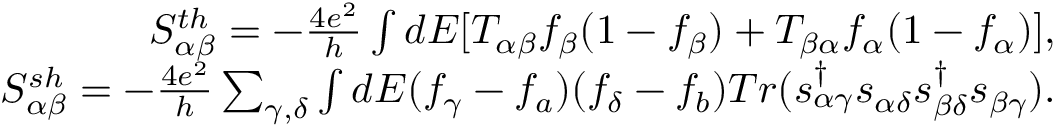
\begin{array} { r } { { S _ { \alpha \beta } ^ { t h } = - \frac { 4 e ^ { 2 } } { h } \int d E [ T _ { \alpha \beta } f _ { \beta } ( 1 - f _ { \beta } ) + T _ { \beta \alpha } f _ { \alpha } ( 1 - f _ { \alpha } ) ] } , } \\ { { S _ { \alpha \beta } ^ { s h } = - \frac { 4 e ^ { 2 } } { h } \sum _ { \gamma , \delta } \int d E ( f _ { \gamma } - f _ { a } ) ( f _ { \delta } - f _ { b } ) T r ( s _ { \alpha \gamma } ^ { \dagger } s _ { \alpha \delta } s _ { \beta \delta } ^ { \dagger } s _ { \beta \gamma } ) } . } \end{array}